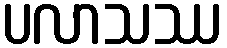
ပလာသဿ